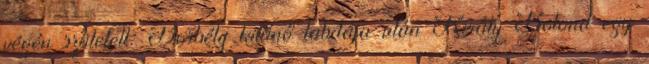
végén született: Borbély kitűnő labdája után Király Botond egy